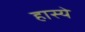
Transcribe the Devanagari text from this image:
हास्ये